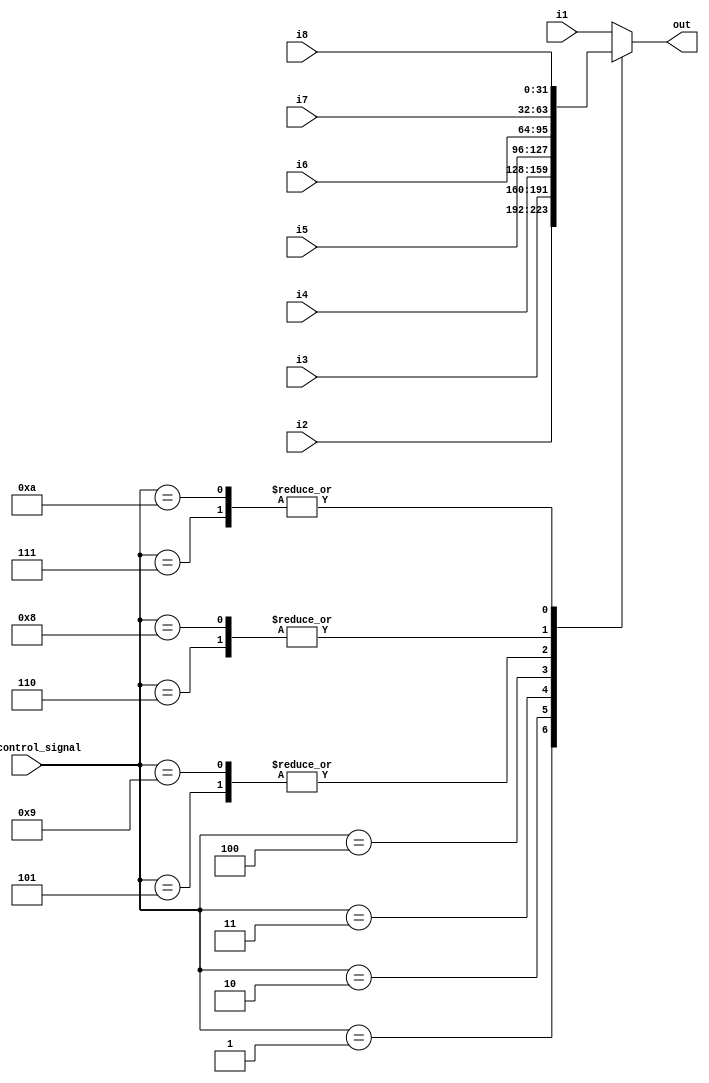
`timescale 1ns/1ps

module MUX_8to1(
    input [31:0] i1,
    input [31:0] i2,
    input [31:0] i3,
    input [31:0] i4,
    input [31:0] i5,
    input [31:0] i6,
    input [31:0] i7,
    input [31:0] i8,
    input [3:0] alu_control_signal,
    output reg [31:0] out
);

    always @(*) begin
        case(alu_control_signal)
            4'b0000: out = i1;
            4'b0001: out = i2;
            4'b0010: out = i3;
            4'b0011: out = i4;
            4'b0100: out = i5;
            4'b0101: out = i6;
            4'b0110: out = i7;
            4'b0111: out = i8;
            4'b1001: out = i6;
            4'b1000: out = i7;
            4'b1010: out = i8;
            default: out = i1;
        endcase
    end

endmodule